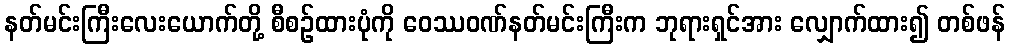
နတ်မင်းကြီးလေးယောက်တို့ စီစဉ်ထားပုံကို ဝေဿဝဏ်နတ်မင်းကြီးက ဘုရားရှင်အား လျှောက်ထား၍ တစ်ဖန်